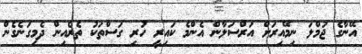
އޭނާގެ ޖުމްލަ ނިމޭއިރަށް އަރްސަލާން އެންމެ ކައިރީ ހުރި ގަސްތަކު ތެރެއިން ދެމިގަނެގެން